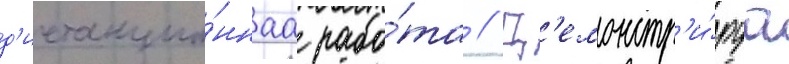
д'истанцио́ннаа рабо́та // Д'емонстр'и́руа